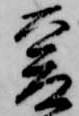
爰